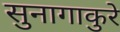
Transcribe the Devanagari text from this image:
सुनागाकुरे